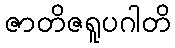
ဇာတိဇရူပဂါတိ